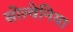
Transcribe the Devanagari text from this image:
सोल्वेनिया